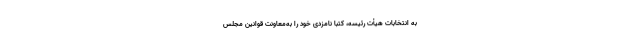
به انتخابات هیأت رئیسه، کتباً نامزدی خود را به‌معاونت قوانین مجلس